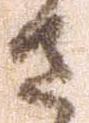
さ